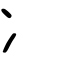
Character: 冫